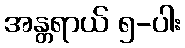
အန္တရာယ် ၅-ပါး